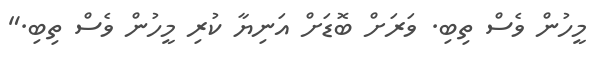
މީހުން ވެސް ތިބި. ވަރަށް ބޮޑަށް އަނިޔާ ކުރި މީހުން ވެސް ތިބި."